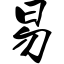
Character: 易